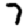
Digit: 7